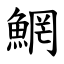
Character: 䱩